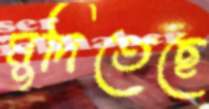
মুদিতেছে